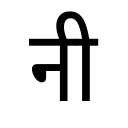
OCR:
नी